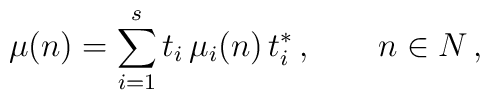
\mu(n) = \sum_{i=1}^s t_i \, \mu_i(n) \, t_i^* \,,\qquad n\in N \,,